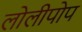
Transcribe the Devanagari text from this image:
लोलीपोप